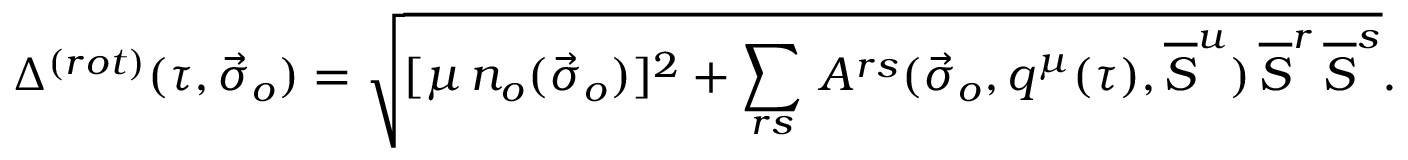
\Delta ^ { ( r o t ) } ( \tau , { \vec { \sigma } } _ { o } ) = \sqrt { [ \mu \, n _ { o } ( { \vec { \sigma } } _ { o } ) ] ^ { 2 } + \sum _ { r s } \, A ^ { r s } ( { \vec { \sigma } } _ { o } , q ^ { \mu } ( \tau ) , \overline { { { \cal S } } } ^ { u } ) \, \overline { { { \cal S } } } ^ { r } \, \overline { { { \cal S } } } ^ { s } } .